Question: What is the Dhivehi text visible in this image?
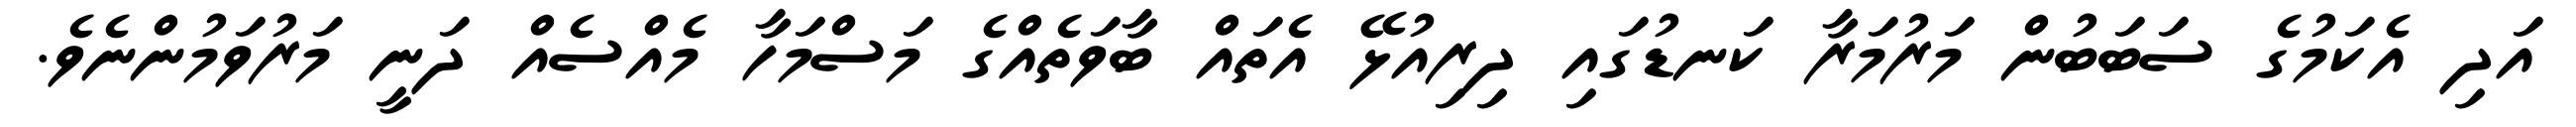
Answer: އަދި އެކަމުގެ ސަބަބުން މަރުމަރާ ކަނޑުގައި ދިރިއުޅޭ އެތައް ބާވަތެއްގެ މަސްމަހާ މެއްސެއް ދަނީ މަރުވަމުންނެވެ.